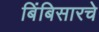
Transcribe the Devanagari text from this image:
बिंबिसारचे